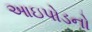
આઇપોડનો